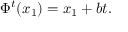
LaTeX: \Phi ^ { t } ( x _ { 1 } ) = x _ { 1 } + b t .